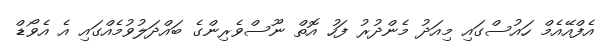
އެފްއޭއެމް ހައުސްގައި މިއަދު މެންދުރު ފަހު އޮތް ނޫސްވެރިންގެ ބައްދަލުވުމެއްގައި އެ އެވޯޑް